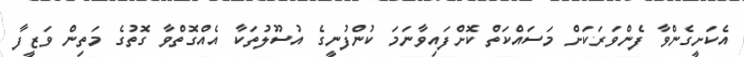
އެކަށީގެންވާ ފެންވަރަކަށް މަސައްކަތް ކޮށްފައިވާނަމަ ކުންފުނީގެ އުސޫލުތަކާ އެއްގޮތްވާ ގޮތުގެ މަތިން ވަޒީފާ